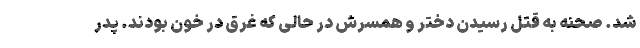
شد. صحنه به قتل رسیدن دختر و همسرش در حالی که غرق در خون بودند. پدر